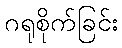
ဂရုစိုက်ခြင်း